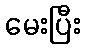
မေးပြီး